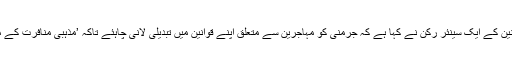
جرمنی میں سیاسی جماعت کرسچئین سوشل یونین کے ایک سینئر رکن نے کہا ہے کہ جرمنی کو مہاجرین سے متعلق اپنے قوانین میں تبدیلی لانی چاہئے تاکہ ’مذہبی منافرت کے مبلغین‘ کو ملک بدر کرنے میں آسانی ہو سکے۔